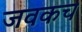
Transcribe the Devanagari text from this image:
जवकच